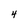
Character: 4